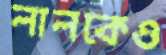
লালকেও